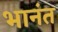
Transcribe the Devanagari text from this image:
भानंत